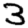
Digit: 3